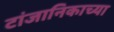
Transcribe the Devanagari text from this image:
टांजानिकाच्या